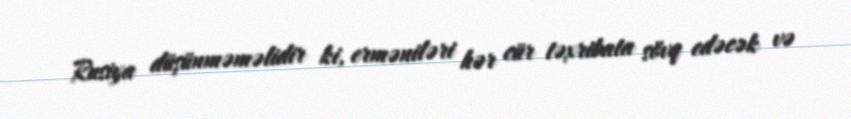
Rusiya düşünməməlidir ki, erməniləri hər cür təxribata sövq edəcək və